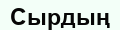
Сырдың